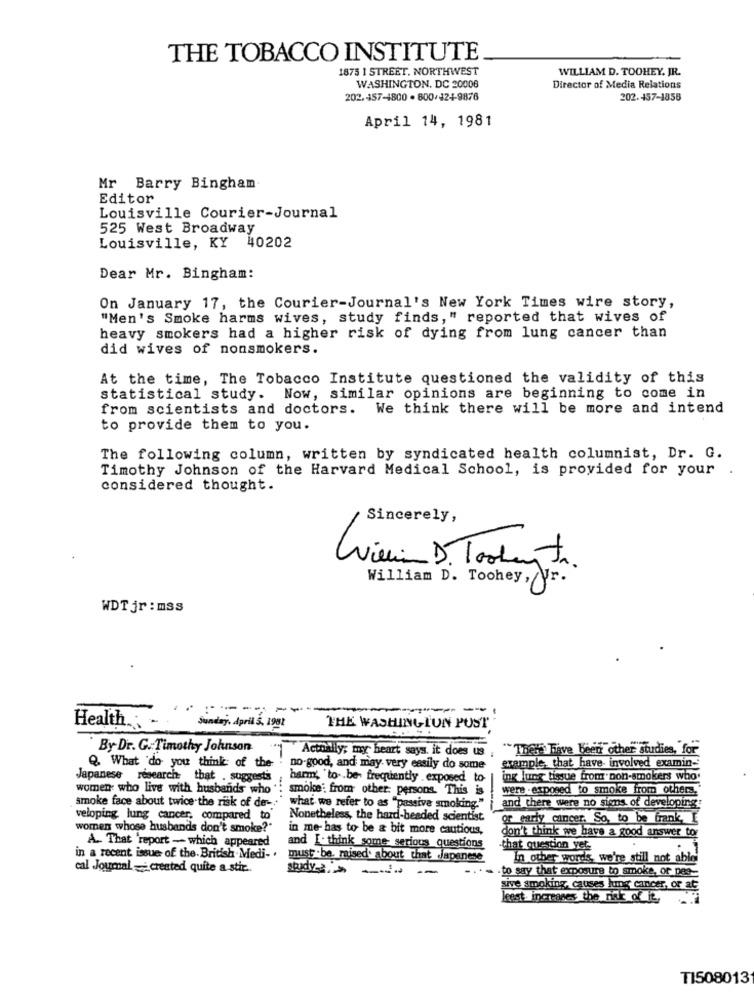
THE TOBACCO INSTITUTE
1875 1 STREET. NORTHWEST
WILLIAM D. TOOHEY. JR.
WASHINGTON, DC 20006
Director of Media Relations
202.457-4800 . 800/124-9876
202.457-1856
April 14, 1981
Mr Barry Bingham
Editor
Louisville Courier-Journal
525 West Broadway
Louisville, KY 40202
Dear Mr. Bingham:
On January 17, the Courier-Journal's New York Times wire story,
"Men's Smoke harms wives, study finds," reported that wives of
heavy smokers had a higher risk of dying from lung cancer than
did wives of nonsmokers.
At the time, The Tobacco Institute questioned the validity of this
statistical study. Now, similar opinions are beginning to come in
from scientists and doctors. We think there will be more and intend
to provide them to you.
The following column, written by syndicated health columnist, Dr. G.
Timothy Johnson of the Harvard Medical School, is provided for your
considered thought.
Sincerely,
Wieein D. Tookay tr.
William D. Toohey, Vr.
WDT jr : mss
---- --
Health ...
Sunday, April 5. 1981
THE WASHINGTON POST
By Dr. G. Timothy Johnson
" Actually; my heart says. it does us
"Thets have been other studies, for"
example, that have- involved examin-
Q. What do you think of the-
no-good, and may very easily do some
Japanese research that . suggesti
harm', ' to be frequently exposed to
ing lung tissue from non-smokers who
women who live with husbands who
smoke: from other: persons. This is
were -exposed to smoke from others."
smoke face about twice the risk of de-
and there were no signs of developing:
what we refer to as "passive smoking."
veloping lung cancer, compared to
Nonetheless, the hard-beaded scientist
or early cancer. So, to be brank, I
women whose husbands don't smoke?"
in me- has to be a bit more cautious,
don't think we have a good answer tor
A .. That 'report -- which appeared
and I. think some serious questions
-that question yet
in a recent issue of the British .Medi- .
must be. raised. about that Japanese
In other words, we're still not ablei
cal Journal - created quite a stir ..
to say that exposure to smoke, or Des_
sive smoking, causes lung cancer, or at
leest increases the risk of it
TI508013